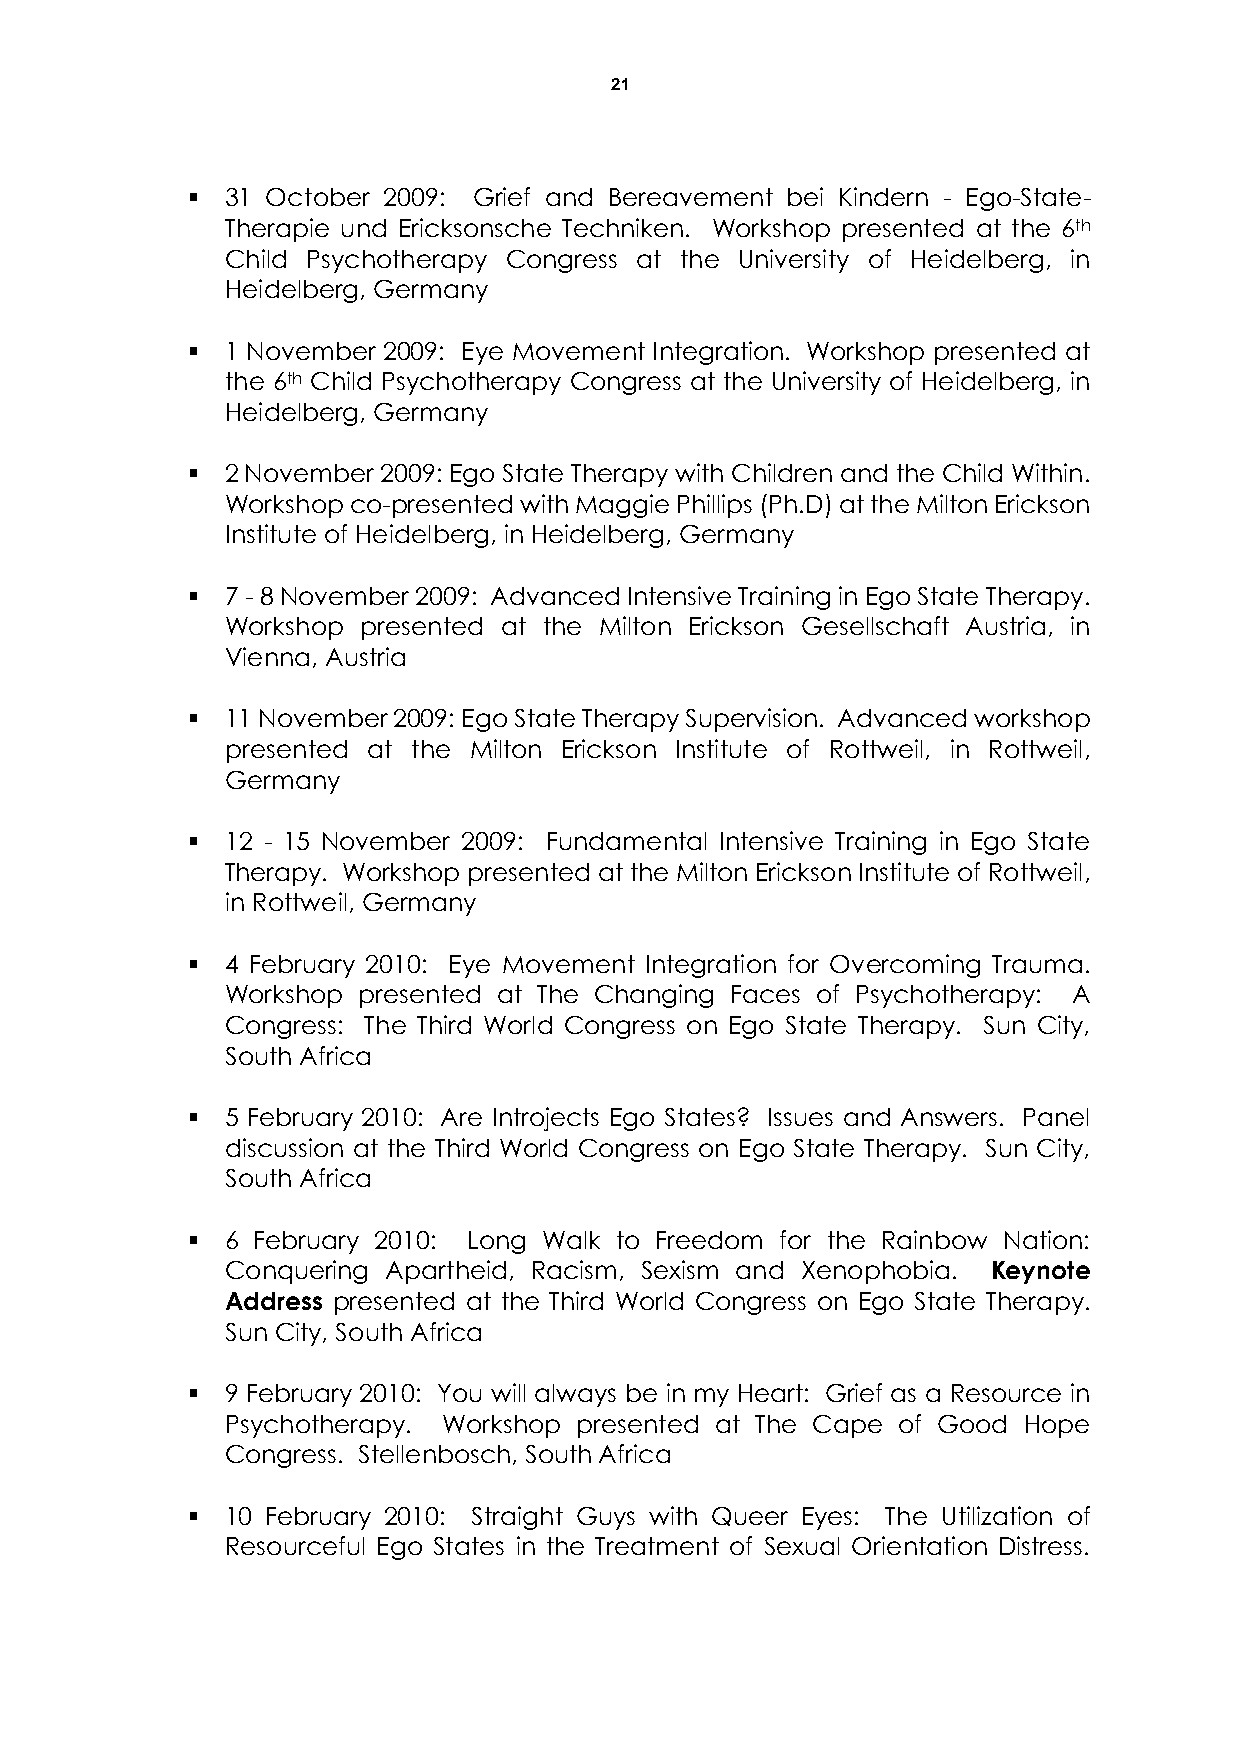
21
   31 October 2009: Grief and Bereavement bei Kindern - Ego-State-
 Therapie und Ericksonsche Techniken. Workshop presented at the 6th
 Child Psychotherapy Congress at the University of Heidelberg, in
 Heidelberg, Germany
   1 November 2009: Eye Movement Integration. Workshop presented at
 the 6th Child Psychotherapy Congress at the University of Heidelberg, in
 Heidelberg, Germany
   2 November 2009: Ego State Therapy with Children and the Child Within.
 Workshop co-presented with Maggie Phillips (Ph.D) at the Milton Erickson
 Institute of Heidelberg, in Heidelberg, Germany
   7 - 8 November 2009: Advanced Intensive Training in Ego State Therapy.
 Workshop presented at the Milton Erickson Gesellschaft Austria, in
 Vienna, Austria
   11 November 2009: Ego State Therapy Supervision. Advanced workshop
 presented at the Milton Erickson Institute of Rottweil, in Rottweil,
 Germany
   12 - 15 November 2009: Fundamental Intensive Training in Ego State
 Therapy. Workshop presented at the Milton Erickson Institute of Rottweil,
 in Rottweil, Germany
   4 February 2010: Eye Movement Integration for Overcoming Trauma.
 Workshop presented at The Changing Faces of Psychotherapy: A
 Congress: The Third World Congress on Ego State Therapy. Sun City,
 South Africa
   5 February 2010: Are Introjects Ego States? Issues and Answers. Panel
 discussion at the Third World Congress on Ego State Therapy. Sun City,
 South Africa
   6 February 2010: Long Walk to Freedom for the Rainbow Nation:
 Conquering Apartheid, Racism, Sexism and Xenophobia. Keynote
 Address presented at the Third World Congress on Ego State Therapy.
 Sun City, South Africa
   9 February 2010: You will always be in my Heart: Grief as a Resource in
 Psychotherapy. Workshop presented at The Cape of Good Hope
 Congress. Stellenbosch, South Africa
   10 February 2010: Straight Guys with Queer Eyes: The Utilization of
 Resourceful Ego States in the Treatment of Sexual Orientation Distress.